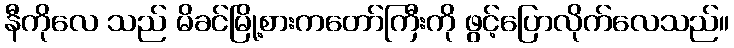
နီကိုလေ သည် မိခင်မြို့စားကတော်ကြီးကို ဖွင့်ပြောလိုက်လေသည်။